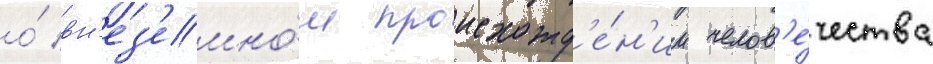
о́ вн'ез'емно́м происхожд'е́н'ии челов'е́чества